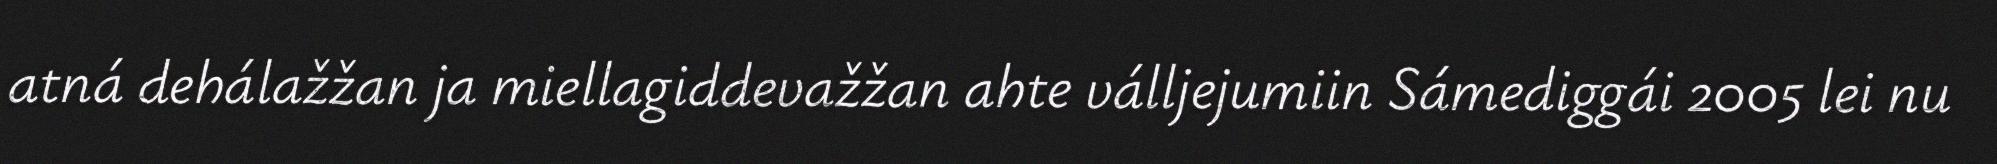
atná dehálažžan ja miellagiddevažžan ahte válljejumiin Sámediggái 2005 lei nu